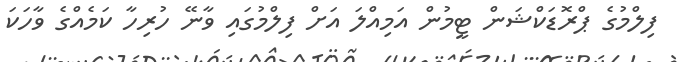
ފިލްމުގެ ޕްރޮޑަކްޝަން ޓީމުން އަމިއްލަ އަށް ފިލްމުގައި ވާނޭ ހުރިހާ ކަމެއްގެ ވާހަކަ